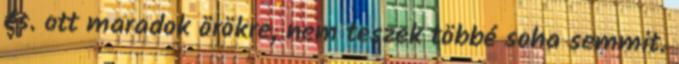
és. ott maradok örökre, nem teszek többé soha semmit.